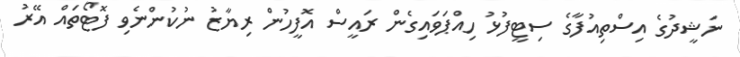
ނަޝީދުގެ އިސްތިއުފާގެ ސިޓީފުޅު ހިއްޕަވައިގެން ރައީސް އޮފީހުން ރިޔާޒު ނުކުންނެވި ފޮޓޯތައް އޭރު